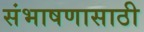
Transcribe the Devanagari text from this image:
संभाषणासाठी